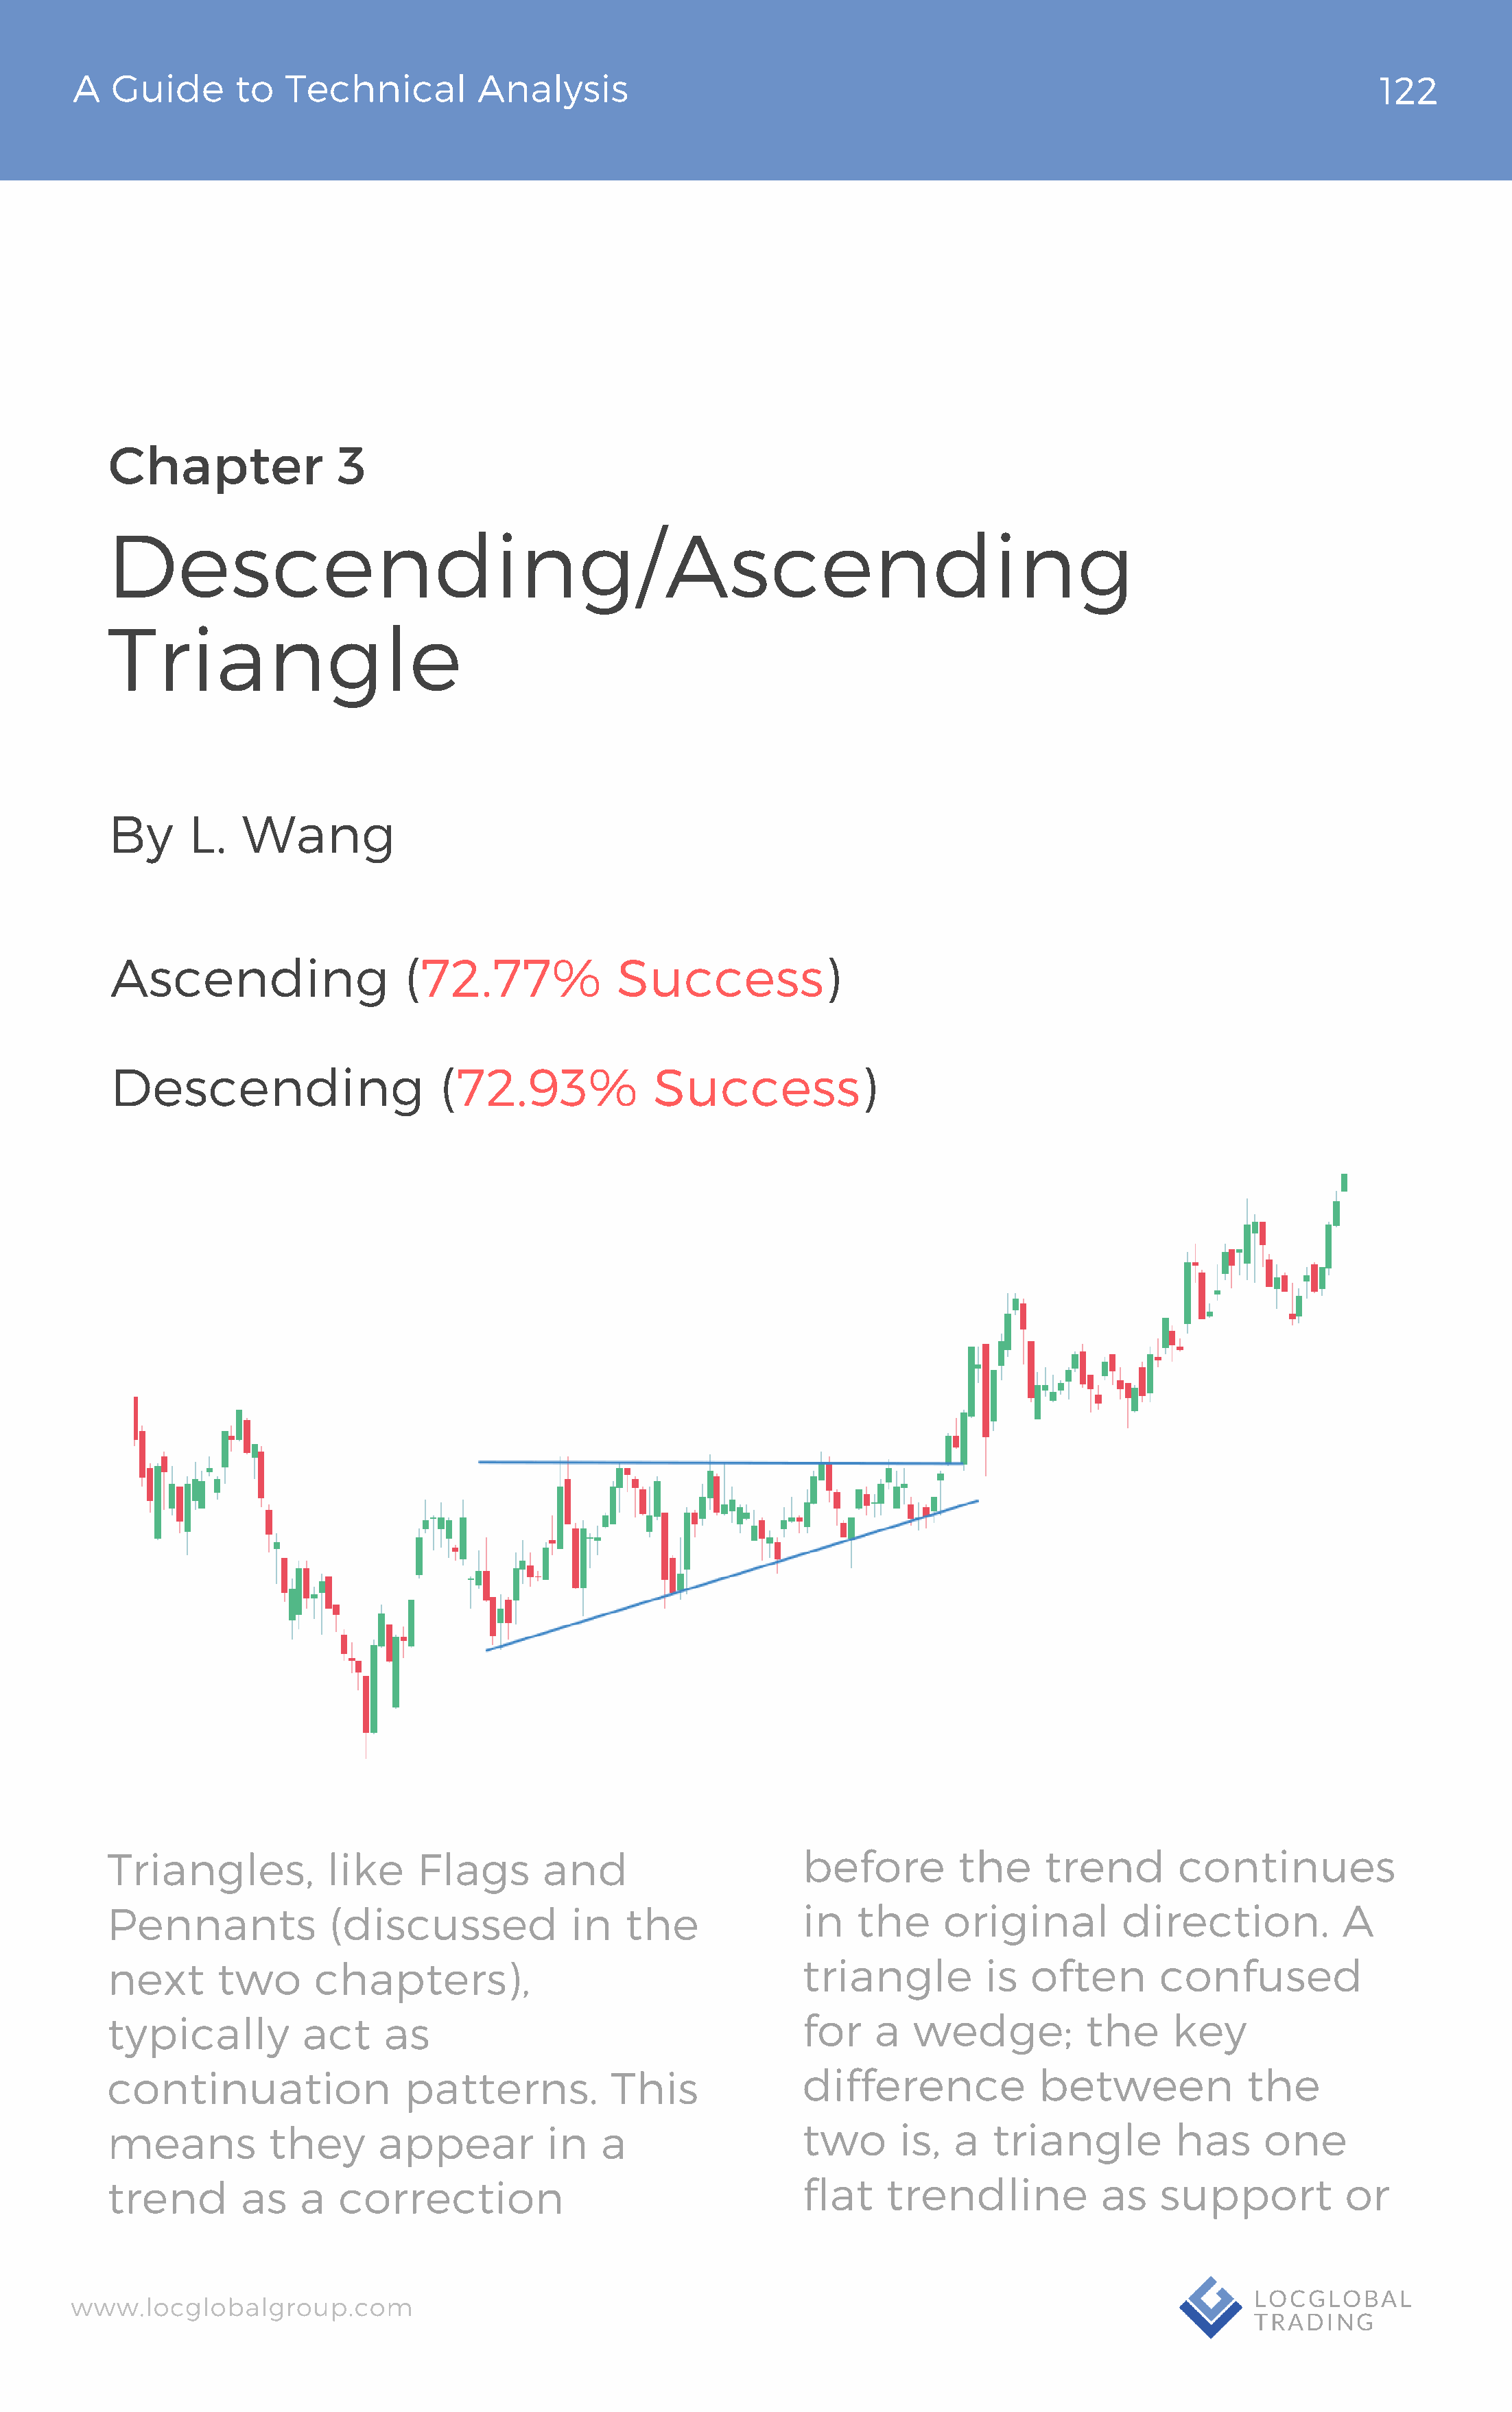
A   Guide       to  Technical          Analysis                                                                               122
 Chapter                3
 Descending/Ascending
 Triangle
 By      L.   Wang
 Ascending                   (72.77%              Success)
 Descending                     (72.93%              Success)
 Triangles,            like    Flags       and                      before         the      trend        continues
 Pennants              (discussed             in   the              in    the     original         direction.           A
 next       two      chapters),                                     triangle          is  often        confused
 typically          act     as                                      for    a   wedge;           the     key
 continuation                 patterns.           This              difference             between             the
 means           they      appear           in   a                  two       is,  a   triangle         has      one
 trend        as    a   correction                                  flat    trendline            as    support           or
 www.locglobalgroup.com                                                                                            LOCGLOBAL
 TRADING